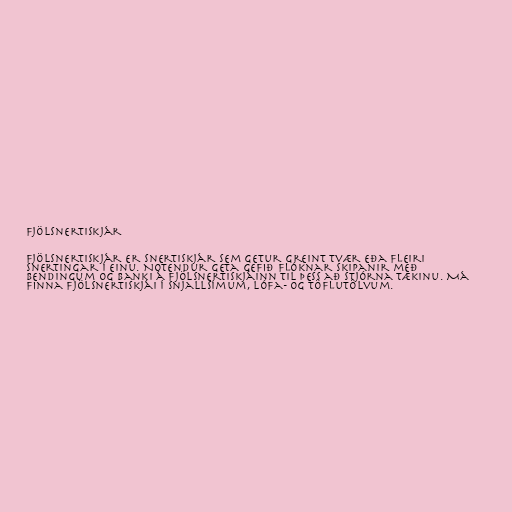
Fjölsnertiskjár

Fjölsnertiskjár er snertiskjár sem getur greint tvær eða fleiri
snertingar í einu. Notendur geta gefið flóknar skipanir með
bendingum og banki á fjölsnertiskjáinn til þess að stjórna tækinu. Má
finna fjölsnertiskjái í snjallsímum, lófa- og töflutölvum.